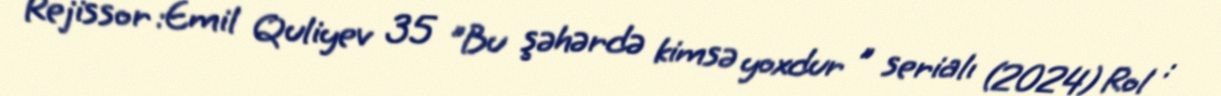
Rejissor :Emil Quliyev 35 "Bu şəhərdə kimsə yoxdur " serialı (2024) Rol :